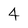
Character: 4